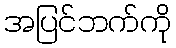
အပြင်ဘက်ကို